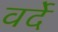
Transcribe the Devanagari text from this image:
वर्देे